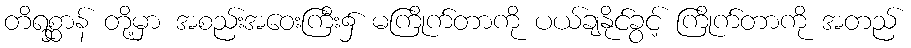
တိရစ္ဆာန် တို့မှာ အစည်းအဝေးကြီး၌ မကြိုက်တာကို ပယ်ချနိုင်ခွင့် ကြိုက်တာကို အတည်